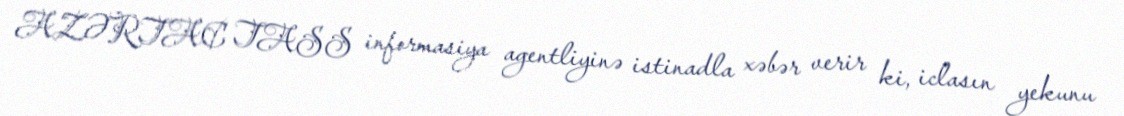
AZƏRTAC TASS informasiya agentliyinə istinadla xəbər verir ki, iclasın yekunu